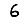
Digit: 6